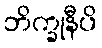
ဘိက္ခုနီပိ